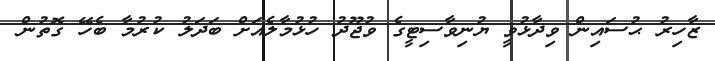
ޒާހިރު ޙުސައިން ވިދާޅުވީ ޔުނިވާސިޓީގެ ވުޖޫދު ހުޅުމާލެއަށް ބަދަލު ކުރުމާ ބެހޭ ގޮތުން